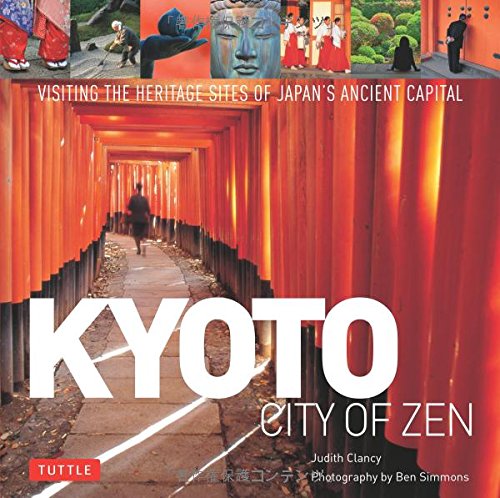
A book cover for Kyoto City of Zen: Visiting the Heritage Sites of Japan's Ancient Capital; Judith Clancy; Travel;